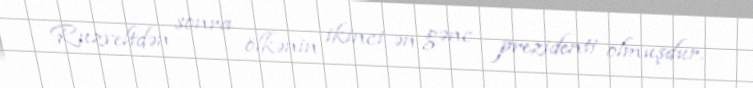
Ruzveltdən sonra ölkənin ikinci ən gənc prezidenti olmuşdur.